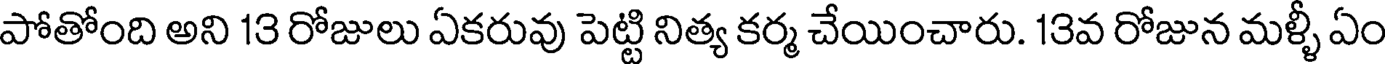
పోతోంది అని 13 రోజులు ఏకరువు పెట్టి నిత్య కర్మ చేయించారు. 13వ రోజున మళ్ళీ ఏం